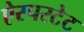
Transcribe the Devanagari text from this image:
ऐस्परटेट